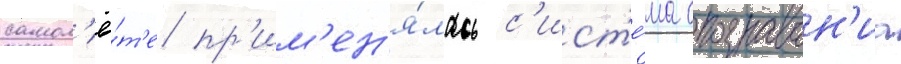
самол'ё́т'е пр'им'ен'я́лась с'ист'е́ма опознаван'иа